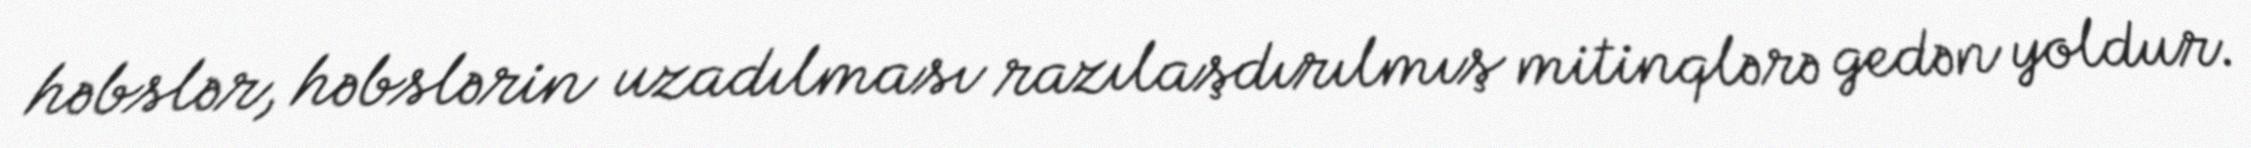
həbslər, həbslərin uzadılması razılaşdırılmış mitinqlərə gedən yoldur.